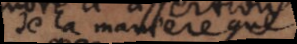
de la maniere que